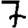
Digit: 7